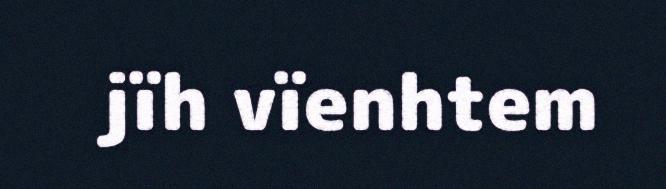
jïh vïenhtem